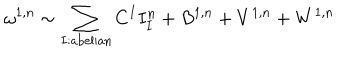
\omega ^ { 1 , n } \sim \sum _ { I : \mathrm { a b e l i a n } } C ^ { I } I _ { I } ^ { n } + B ^ { 1 , n } + V ^ { 1 , n } + W ^ { 1 , n }